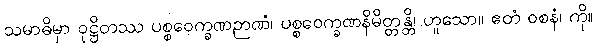
သမာဓိမှာ ဝုဋ္ဌိတဿ ပစ္စဝေက္ခဏဉာဏံ၊ ပစ္စဝေက္ခဏနိမိတ္တန္တိ၊ ဟူသော။ ဧတံ ဝစနံ၊ ကို။